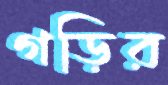
গড়ির